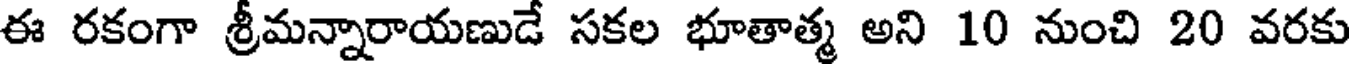
ఈ రకంగా శ్రీమన్నారాయణుడే సకల భూతాత్మ అని 10 నుంచి 20 వరకు